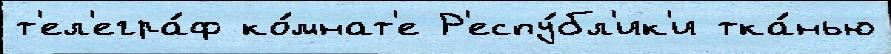
т'ел'егра́ф ко́мнат'е Р'еспу́бл'ик'и тка́нью